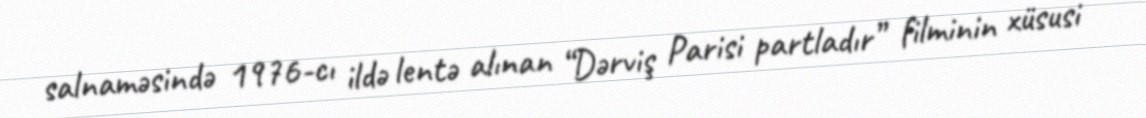
salnaməsində 1976-cı ildə lentə alınan “Dərviş Parisi partladır” filminin xüsusi